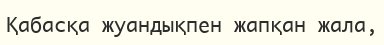
Қабасқа жуандықпен жапқан жала,